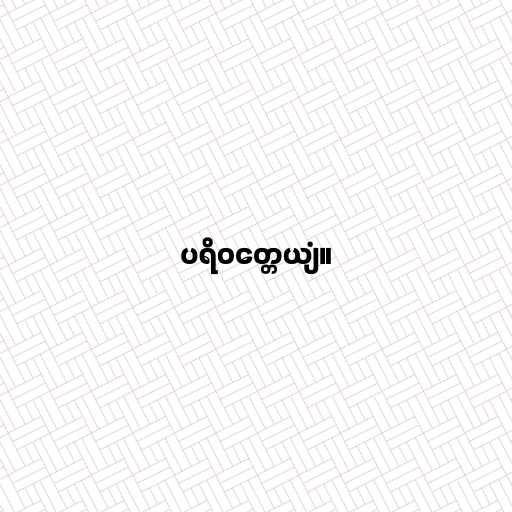
ပရိဝတ္တေယျံ။